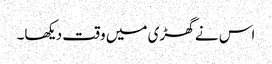
اس نے گھڑی میں وقت دیکھا۔